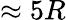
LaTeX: \approx 5R